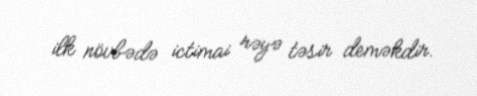
ilk növbədə ictimai rəyə təsir deməkdir.